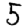
Digit: 5